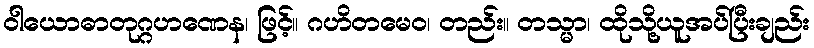
ဝါယောဓာတုဂ္ဂဟဏေန၊ ဖြင့်။ ဂဟိတမေဝ၊ တည်း။ တသ္မာ၊ ထိုသို့ယူအပ်ပြီးချည်း